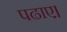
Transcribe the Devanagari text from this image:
पढाए।